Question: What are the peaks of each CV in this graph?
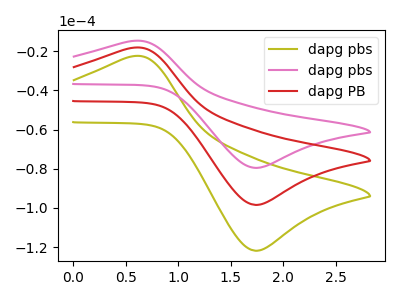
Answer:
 <answer>The olive curve "dapg pbs" has an anodic peak at (0.55V, -36.40uA) and a cathodic peak at (1.75V, -196.85uA). The pink curve "dapg pbs" has an anodic peak at (0.55V, -14.70uA) and a cathodic peak at (1.75V, -79.50uA). The red curve "dapg PB" has an anodic peak at (0.55V, -18.20uA) and a cathodic peak at (1.75V, -98.40uA).</answer>
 <eval></eval>